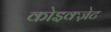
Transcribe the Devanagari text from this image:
कोइक्ज़ेट